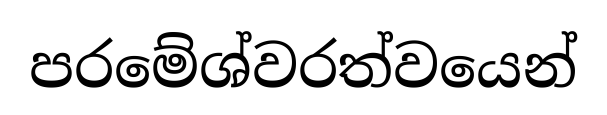
පරමේශ්වරත්වයෙන්